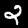
Digit: 2